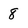
Character: 8